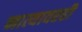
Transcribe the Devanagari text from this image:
नात्यावरही